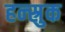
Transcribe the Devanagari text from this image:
हन्स्रुक